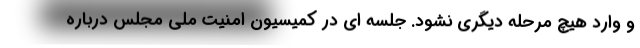
و وارد هیچ مرحله دیگری نشود. جلسه ای در کمیسیون امنیت ملی مجلس درباره